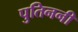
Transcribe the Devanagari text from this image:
पुतिननी